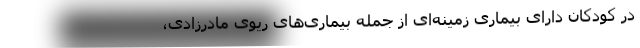
در کودکان دارای بیماری زمینه‌ای از جمله بیماری‌های ریوی مادرزادی،